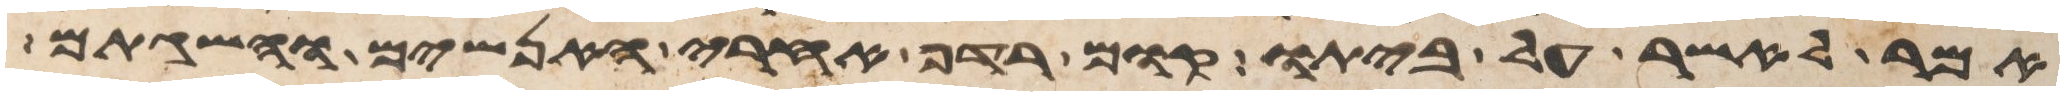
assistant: אמר לאשר על ביתו קום רדף אחרי האנשים והשגתם